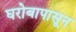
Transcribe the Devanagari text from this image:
घरोबापासून